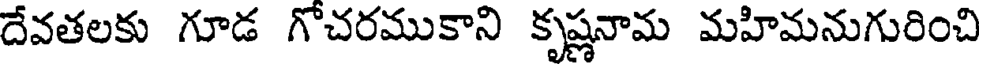
దేవతలకు గూడ గోచరముకాని కృష్ణనామ మహిమనుగురించి